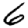
Digit: 6